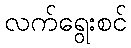
လက်ရွေးစင်